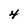
Character: 4